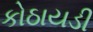
કોઠાયડી